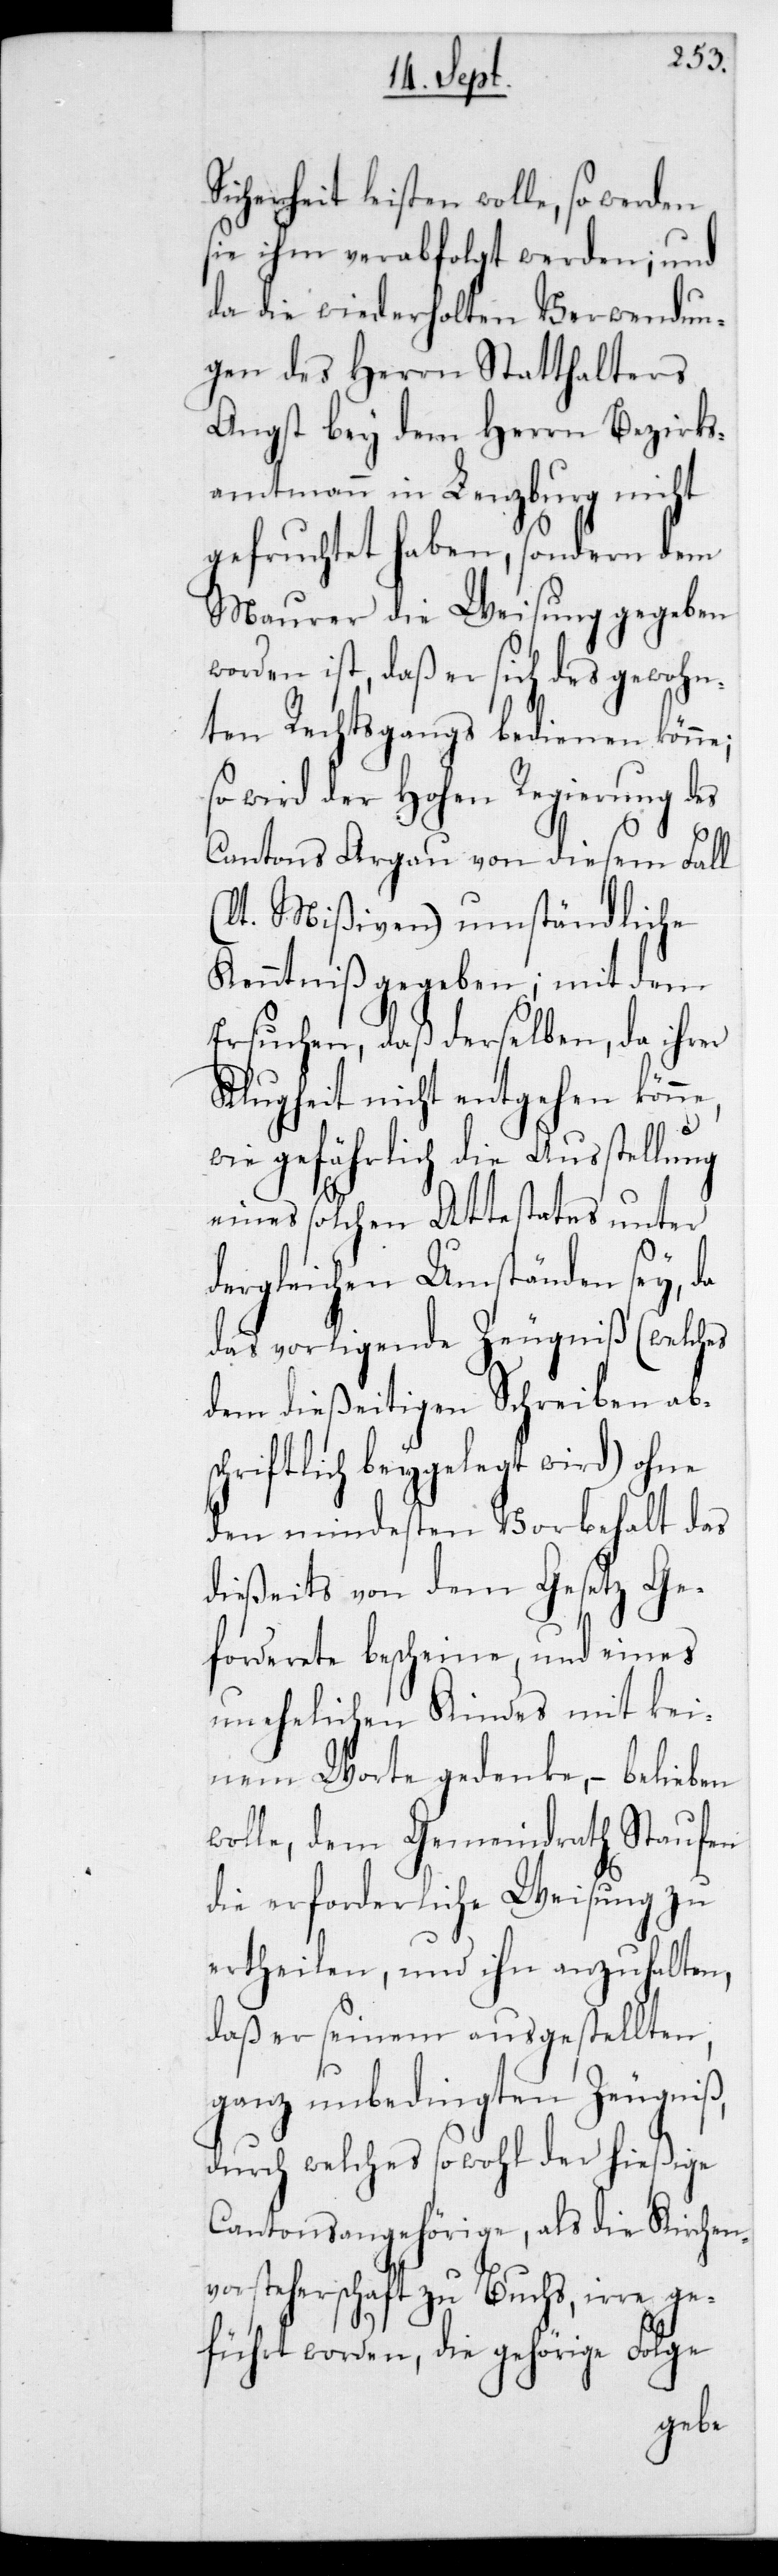
Sicherheit leisten wolle, so werden
sie ihm verabfolgt werden; und
da die wiederholten Verwendun¬
gen des Herrn Statthalters
Angst bey dem Herrn Bezirks¬
ammtmann in Lenzburg nicht
gefruchtet haben, sondern dem
Maurer die Weisung gegeben
worden ist, daß er sich des gewohn¬
ten Rechtsgangs bedienen könne;
so wird der hohen Regierung des
Cantons Argau von diesem Fall
ut Mißiven) umständliche
Kenntniß gegeben; mit dem
Ersuchen, daß derselben, da ihrer
Klugheit nicht entgehen könne,
wie gefährlich die Ausstellung
eines solchen Attestats unter
(la¬
dergleichen Umständen sey, da
das vorliegende Zeugniß (welches
dem dießeitigen Schreiben abs¬
chriftlich beygelegt wird) ohne
den mindesten Vorbehalt des
dießeits von dem Gesetz Ge¬
forderete bescheine, und eines
unehelichen Kindes mit kei¬
nem Worte gedenke, – belieben
wolle, dem Gemeindrath Staufen
die erforderliche Weisung zu
ertheilen, und ihn anzuhalten,
daß er seinem ausgestellten,
ganz unbedingten Zeugniß,
durch welches sowohl der hießige
Cantonsangehörige als die Kirchen¬
vorsteherschaft zu Buchs, irre ge¬
führt worden, die gehörige Folge